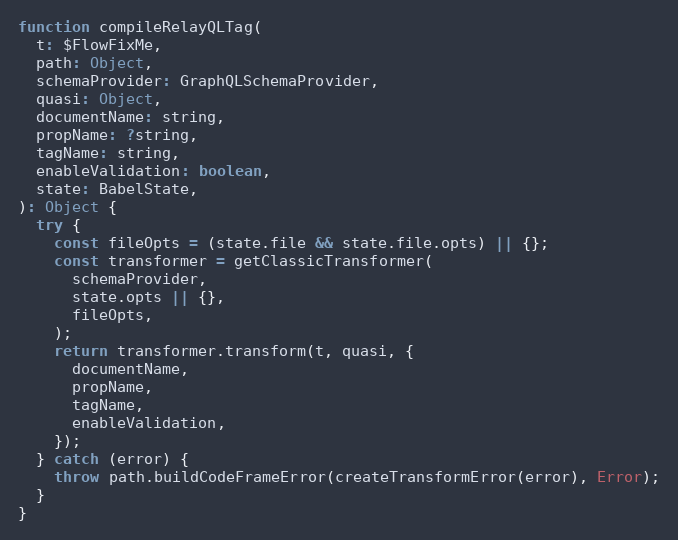
Language: JavaScript
function compileRelayQLTag(
  t: $FlowFixMe,
  path: Object,
  schemaProvider: GraphQLSchemaProvider,
  quasi: Object,
  documentName: string,
  propName: ?string,
  tagName: string,
  enableValidation: boolean,
  state: BabelState,
): Object {
  try {
    const fileOpts = (state.file && state.file.opts) || {};
    const transformer = getClassicTransformer(
      schemaProvider,
      state.opts || {},
      fileOpts,
    );
    return transformer.transform(t, quasi, {
      documentName,
      propName,
      tagName,
      enableValidation,
    });
  } catch (error) {
    throw path.buildCodeFrameError(createTransformError(error), Error);
  }
}